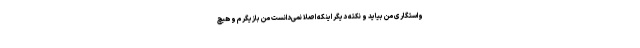
واستگاری من بیاید و نکته دیگر اینکه اصلا نمی‌دانست من بازیگرم و هیچ